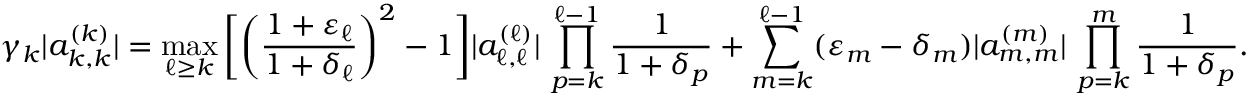
\gamma _ { k } | a _ { k , k } ^ { ( k ) } | = \operatorname* { m a x } _ { \ell \ge k } \bigg [ \bigg ( \frac { 1 + \varepsilon _ { \ell } } { 1 + \delta _ { \ell } } \bigg ) ^ { 2 } - 1 \bigg ] | a _ { \ell , \ell } ^ { ( \ell ) } | \, \prod _ { p = k } ^ { \ell - 1 } \frac { 1 } { 1 + \delta _ { p } } + \sum _ { m = k } ^ { \ell - 1 } ( \varepsilon _ { m } - \delta _ { m } ) | a _ { m , m } ^ { ( m ) } | \, \prod _ { p = k } ^ { m } \frac { 1 } { 1 + \delta _ { p } } .